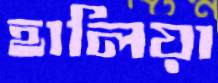
হালিয়া